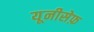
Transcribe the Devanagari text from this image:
यूनीसेफ़